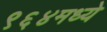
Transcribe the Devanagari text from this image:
९६४मध्ये